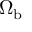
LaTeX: \Omega _ { \mathrm { b } }